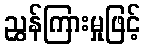
ညွှန်ကြားမှုဖြင့်